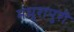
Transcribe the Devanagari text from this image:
मधुरापुरी